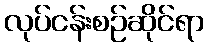
လုပ်ငန်းစဉ်ဆိုင်ရာ